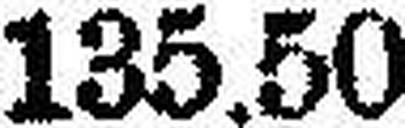
135.50